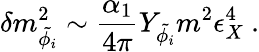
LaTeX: \delta m_{\tilde{\phi_{i}}}^{2}\sim\frac{\alpha_{1}}{4\pi}Y_{\tilde{\phi_{i}}}m^{2}\epsilon_{X}^{4}~.